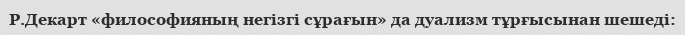
Р.Декарт «философияның негізгі сұрағын» да дуализм тұрғысынан шешеді: